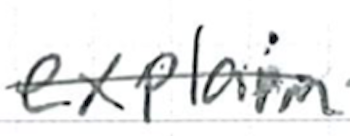
Text: explain
Cross-out: single-line
Writing tool: ballpoint